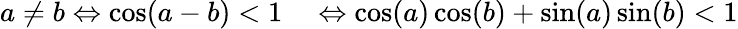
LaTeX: \begin{array}{rl}{a\neq b\Leftrightarrow\cos(a-b)<1}&{{}\Leftrightarrow\cos(a)\cos(b)+\sin(a)\sin(b)<1}\end{array}